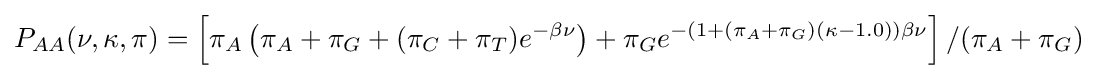
P_{AA}(\nu ,\kappa ,\pi )=\left[\pi _{A}\left(\pi _{A}+\pi _{G}+(\pi _{C}+\pi _{T})e^{-\beta \nu }\right)+\pi _{G}e^{-(1+(\pi _{A}+\pi _{G})(\kappa -1.0))\beta \nu }\right]/(\pi _{A}+\pi _{G})